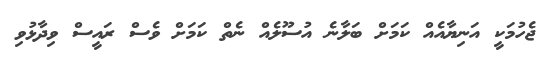
ޖެހުމަކީ އަނިޔާއެއް ކަމަށް ބަލާނެ އުސޫލެއް ނެތް ކަމަށް ވެސް ރައީސް ވިދާޅުވި